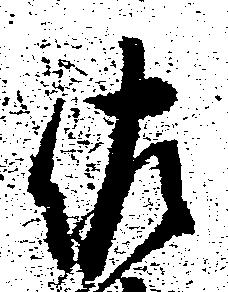
佐